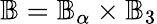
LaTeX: \mathbb{B}=\mathbb{B}_{\alpha}\times\mathbb{B}_{3}